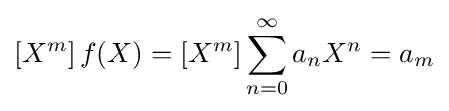
\left[X^{m}\right]f(X)=\left[X^{m}\right]\sum _{n=0}^{\infty }a_{n}X^{n}=a_{m}